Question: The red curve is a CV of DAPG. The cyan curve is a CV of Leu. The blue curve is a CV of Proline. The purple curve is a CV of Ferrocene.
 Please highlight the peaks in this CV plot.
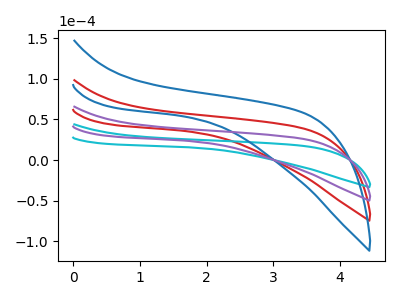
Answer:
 <answer>The red curve "DAPG" has no peaks. The cyan curve "Leu" has no peaks. The blue curve "Proline" has no peaks. The purple curve "Ferrocene" has no peaks.</answer>
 <eval></eval>